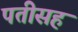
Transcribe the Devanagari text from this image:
पतीसह